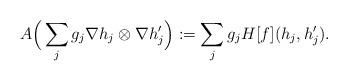
LaTeX: \begin{align*}A\Big(\sum_{j}g_j\nabla h_j\otimes\nabla h'_j\Big):=\sum_jg_jH[f](h_j, h'_j).\end{align*}